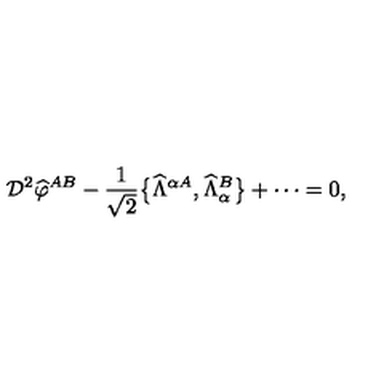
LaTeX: { \cal D } ^ { 2 } { \widehat \varphi } ^ { A B } - \frac { 1 } { \sqrt 2 } \big \{ { \widehat \Lambda } ^ { \alpha A } , { \widehat \Lambda } _ { \alpha } ^ { B } \big \} + \cdots = 0 ,